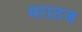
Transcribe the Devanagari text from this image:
मराठज